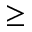
\geq